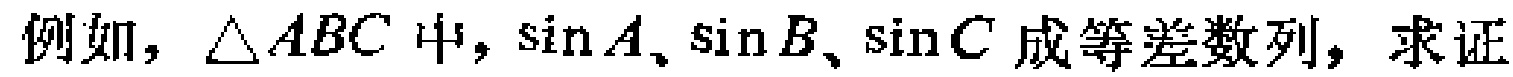
例如，$\triangle ABC$中，$\sin A$、$\sin B$、$\sin C$成等差数列，求证